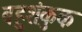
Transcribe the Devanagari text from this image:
बहुशंकुक